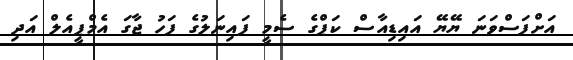
އަށްފަސްވަނަ ޔޭޔޭ އައިޑިއާސް ކަޕްގެ ސެމީ ފައިނަލުގެ ފަހު ޖާގަ އެމްޕީއެލް އަދި